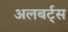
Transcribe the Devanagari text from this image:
अलबर्ट्स